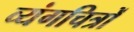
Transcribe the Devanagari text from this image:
व्यंगचित्रों